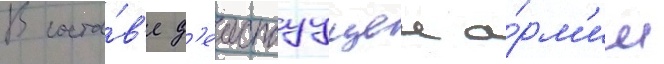
В соста́в'е д'еиствуущеи а́рм'ии